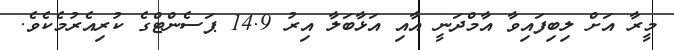
މީރާ އަށް ލިބިފައިވާ އާމްދަނީ އާއި އަޅާބަލާ އިރު 14.9 ޕަސެންޓްގެ ކުރިއެރުމެކެވެ.